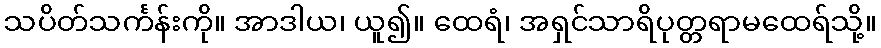
သပိတ်သင်္ကန်းကို။ အာဒါယ၊ ယူ၍။ ထေရံ၊ အရှင်သာရိပုတ္တရာမထေရ်သို့။